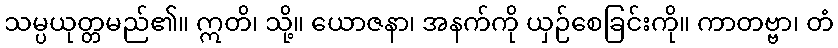
သမ္ပယုတ္တမည်၏။ ဣတိ၊ သို့။ ယောဇနာ၊ အနက်ကို ယှဉ်စေခြင်းကို။ ကာတဗ္ဗာ၊ တံ